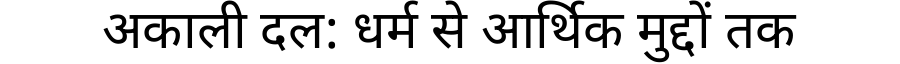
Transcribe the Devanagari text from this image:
अकाली दल: धर्म से आर्थिक मुद्दों तक